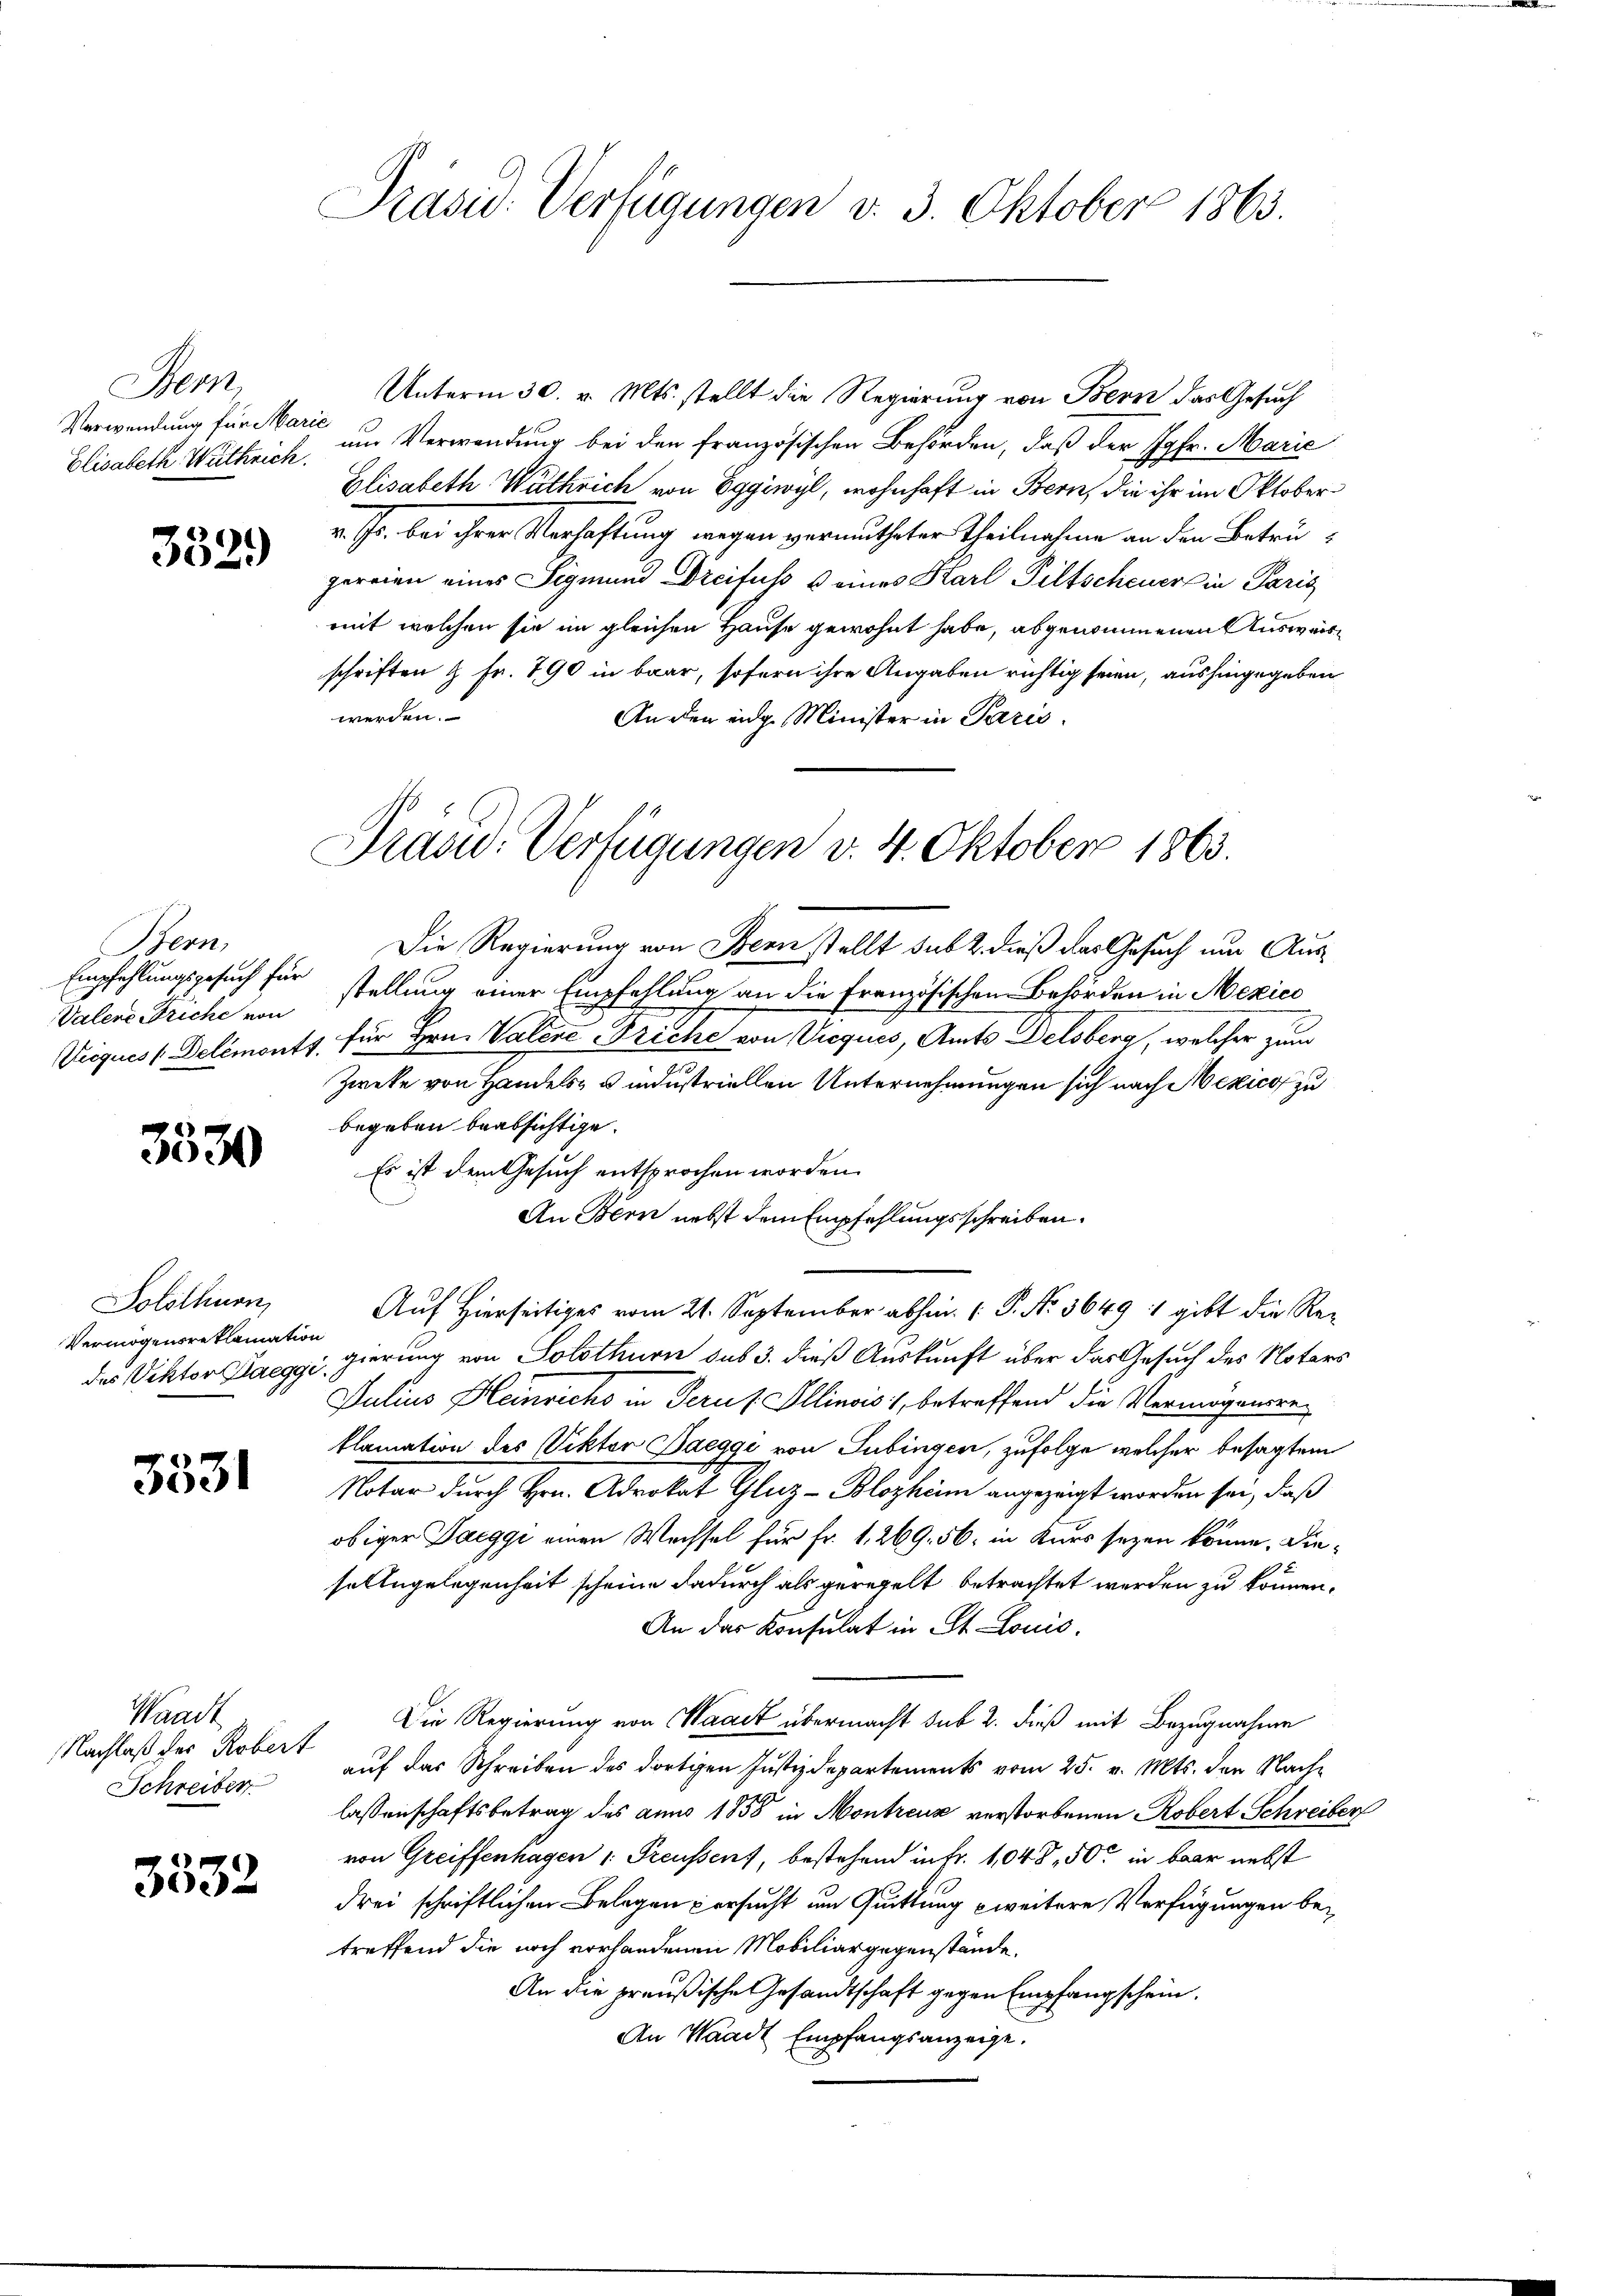
Ser
Verwendung für Marie
Elisabeth Wattrich.

332)

Bern,
Valene Triche von

3530

Solothurn,
Vermögensreklamati
des Viktor Paegg.

3531

Waadt
Nachlaß der Robert
Schreiben

3532

Unterm 30. v. Mts. stellt die Regierung von Bern das Gesuch
um Verwendung bei den französischen Behörden, daß der Jgfr. Marie
Elisabeth Wathrich von Eggiwyl, wohnhaft in Bern, die ihr im Oktoberv. Fr. bei ihrer Verhaftung wegen vermutheter Theilnahme an den Betrugereien eines Sigmund Dreifuss u eines Karl Piltscheuers in Paris
mit welchen sie im gleichen Hause gewohnt habe, abgenommenen Ausweisschriften & Fr. 790 in baar, sofern ihre Angaben richtig seien, aushingegeben
werden.
An den eidg. Minister in Paris.

Präsid. Verfügungen v. 3. Oktober 1863.

Präsid. Verfügungen v. 4. Oktober 1863.

Die Regierung von Bern stellt sub 2. dieß das Gesuch um Aus¬
Empfehlungsgesuch für stellung einer Empfehlung an die französischen Behörden in Mexico
Viequis Delémonts für Hrn. Valere Triche von Vieques, Amts Delsberg, welcher zum
Zweke von Handels- u industriellen Unternehmungen sich nach Mexico zu
begeben beabsichtige.
Es ist dem Gesuch entsprochen worden.
An Bern nebst dem Empfehlungsschreiben.
Auf Hierseitiges vom 21. September abhin ( P. Nr. 3649 : gibt die Rein
igierung von Solothurn sub 3. dieß Auskunft über das Gesuch des Notars
Julius Kleinrichs in Perus Illinois 1, betreffend die Vermögensreklamation des Viktor Daeggi von Gubingen, zufolge welcher besagtem
Notar durch Hrn. Advokat Gluz-Blozheim angezeigt worden sei, daß
obiger Saeggi einen Wechsel für Fr. 1. 269. 56, in Kurs seyen könne, dieselingelegenheit scheine dadurch als geregelt betrachtet werden zu können,
An das Konsulat in St. Louis.
Die Regierung von Waadt übermacht sub 2. dieß mit Bezugnahme
auf der Schreiben des dortigen Justizdepartements vom 25. v. Mts. den Nachlassenschaftsbetrag des anno 1858 in Montreux verstorbenen Robert Schreiber
von Greiffenhagen 1. Preussens, bestehend in Fr. 1048. 500 in baar nebst
drei schriftlichen Belegen versucht um Quittung zweitere Verfügungen betreffend die noch vorhandenen Mobiliargegenstände.
An die preußische Gesandtschaft gegen Empfangschein.
An Waadt Empfangsanzeige.